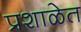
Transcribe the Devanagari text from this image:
प्रशाळेत